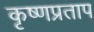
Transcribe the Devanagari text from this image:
कृष्णप्रताप